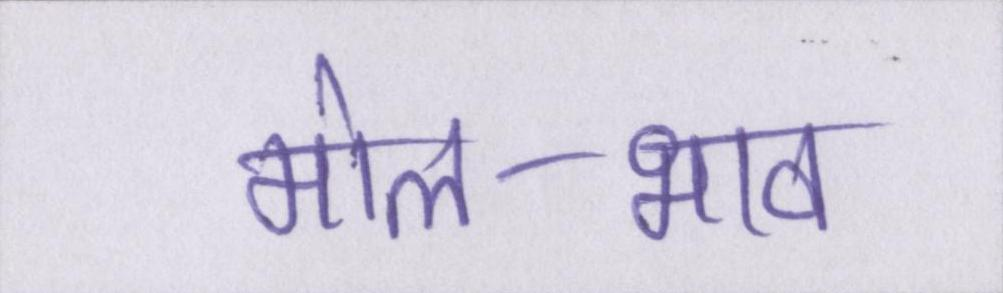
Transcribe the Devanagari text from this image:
मोल-भाव